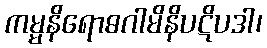
ကမ္မနိရောဓဂါမိနိပဋိပဒါ၊